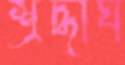
শ্রদ্ধার্ঘ